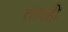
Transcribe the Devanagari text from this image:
तापही